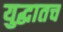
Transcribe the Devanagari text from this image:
युद्धातच